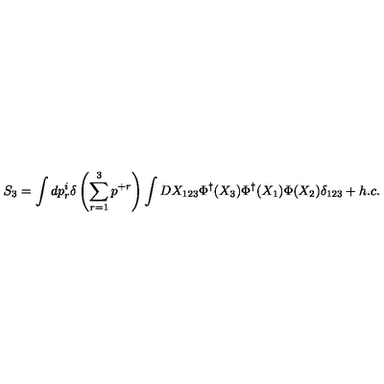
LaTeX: S _ { 3 } = \int d p _ { r } ^ { i } \delta \left( \sum _ { r = 1 } ^ { 3 } p ^ { + r } \right) \int D X _ { 1 2 3 } \Phi ^ { \dagger } ( X _ { 3 } ) \Phi ^ { \dagger } ( X _ { 1 } ) \Phi ( X _ { 2 } ) \delta _ { 1 2 3 } + h . c .